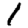
Digit: 1